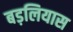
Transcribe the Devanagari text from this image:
बड़लियास